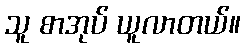
သူ စာအုပ် ယူလာတယ်။